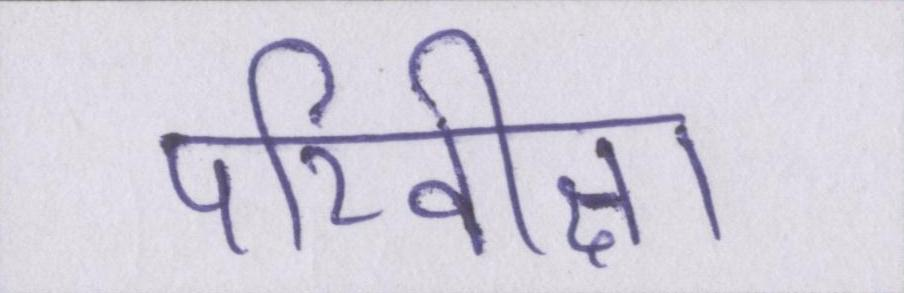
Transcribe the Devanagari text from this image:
परिवीक्षा